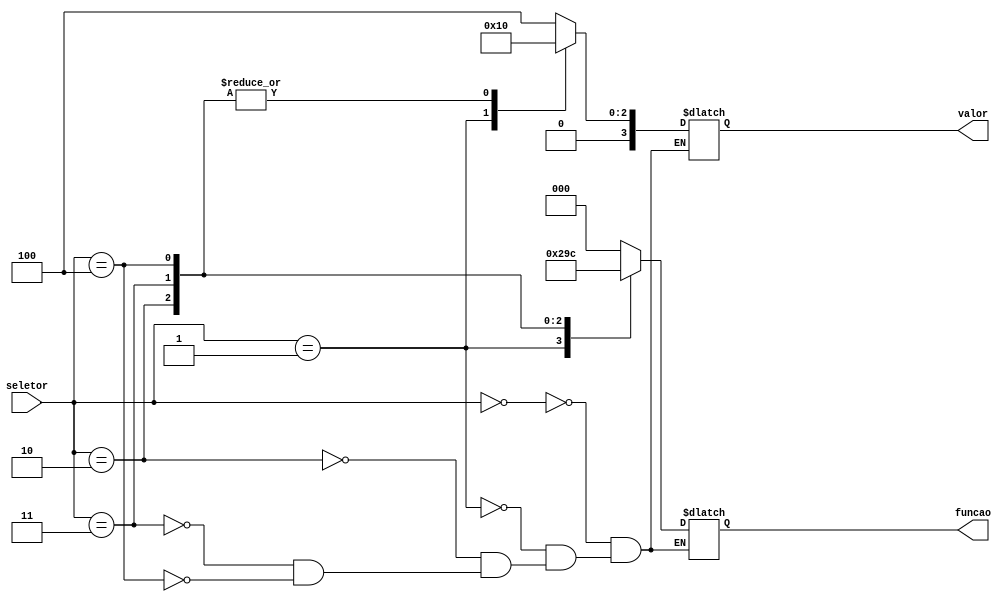
module memory(input wire [3:0] seletor, output reg [2:0] funcao, output reg [3:0] valor);
	
	//Constantes utilizadas no programa
	parameter
	A = 4'b0100,
	B = 4'b0010;
	
	//Cdigo das instrues do programa
	parameter clrld = 3'b000; 
	parameter addld = 3'b001; 
	parameter add = 3'b010; 
	parameter div2 = 3'b011;
	parameter disp = 3'b100;

	always begin
		#2
		case(seletor)
			4'b0000:
			begin
				funcao <= clrld;
				valor <= A;
			end
			4'b0001:
			begin
				funcao <= addld;
				valor <= B;
			end
			4'b0010:
			begin
				funcao <= add;
				valor <= 0;
			end
			4'b0011:
			begin
				funcao <= div2;
				valor <= 0;
			end
			4'b0100:
			begin
				funcao <= disp;
				valor <= 0;
			end
		endcase
	end

endmodule